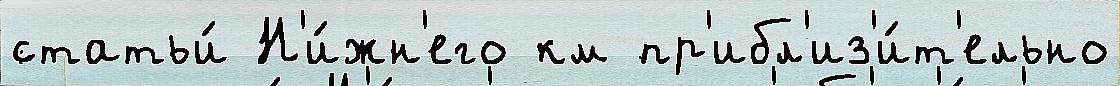
статьи́ Н'и́жн'его км пр'ибл'из'и́т'ельно